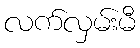
လက်လှမ်းမီ